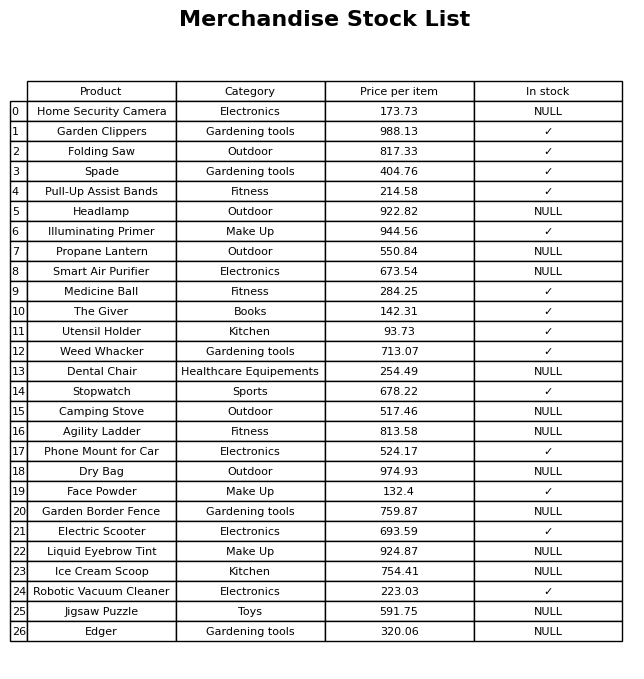
question: What is the price for Stopwatch?
answer: The price of Stopwatch is 678.22.